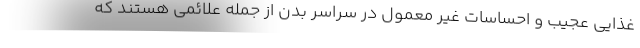
غذایی عجیب و احساسات غیر معمول در سراسر بدن از جمله علائمی هستند که